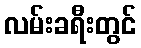
လမ်းခရီးတွင်